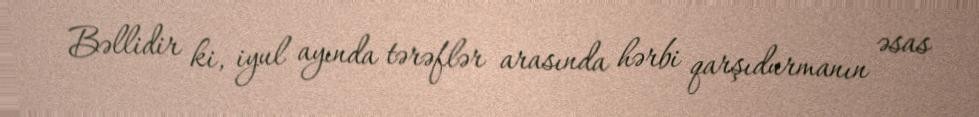
Bəllidir ki, iyul ayında tərəflər arasında hərbi qarşıdurmanın əsas